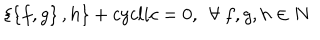
LaTeX: \left\{ \left\{ f , g \right\} , h \right\} + c y c l i c = 0 , ~ ~ \forall ~ f , g , h \in N